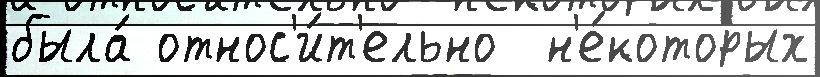
была́ относ'и́т'ельно  н'е́которых